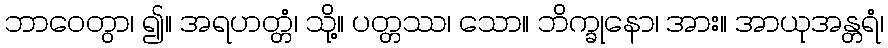
ဘာဝေတွာ၊ ၍။ အရဟတ္တံ၊ သို့။ ပတ္တဿ၊ သော။ ဘိက္ခုနော၊ အား။ အာယုအန္တရံ၊